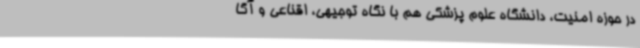
در حوزه امنیت، دانشگاه علوم پزشکی هم با نگاه توجیهی، اقناعی و آگا